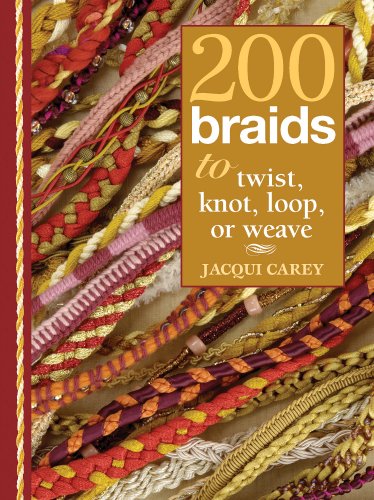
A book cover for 200 Braids to Twist, Knot, Loop, or Weave; Jacqui Carey; Crafts, Hobbies & Home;